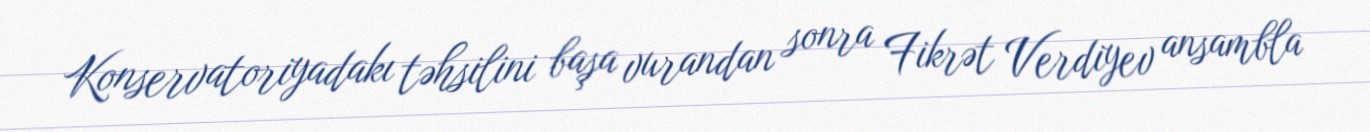
Konservatoriyadakı təhsilini başa vurandan sonra Fikrət Verdiyev ansambla